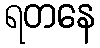
ရတနေ